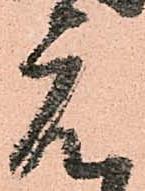
元